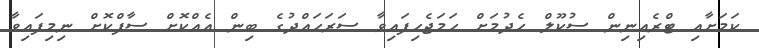
ކަމަށާއި ޓްރެއިނިން ސުކޫލް ހެދުމަށް ހަމަޖެހިފައިވާ ސަރަހައްދުގެ ބިން އެއްކޮށް ސާފްކޮށް ނިމިފައިވާ